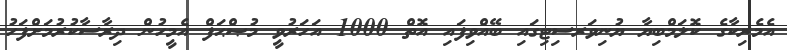
އެމެރިކާގެ ކޮލަމްބިޔާ ޔުނިވަރސިޓިގައި ބޭއްވިފައި އޮތް 1000 އަހަރުވީ މުޞްޙަފް އެމީހުން ދިރާސާކުރުމަށްފަހު